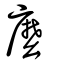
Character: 麼